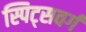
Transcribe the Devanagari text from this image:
स्पिट्सवर्ग